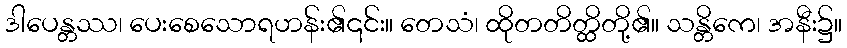
ဒါပေန္တဿ၊ ပေးစေသောရဟန်း၏၎င်း။ တေသံ၊ ထိုတတိတ္ထိတို့၏။ သန္တိကေ၊ အနီး၌။